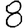
Digit: 8